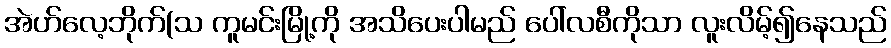
အဲဟ်လေ့ဘိုက်(သ ကူမင်းမြို့ကို အသိပေးပါမည် ပေါ်လစီကိုသာ လူးလိမ့်၍နေသည်